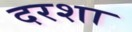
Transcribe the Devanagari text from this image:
दरशा